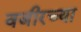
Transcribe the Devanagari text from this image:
वजीरच्या